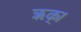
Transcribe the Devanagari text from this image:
ऋक्।